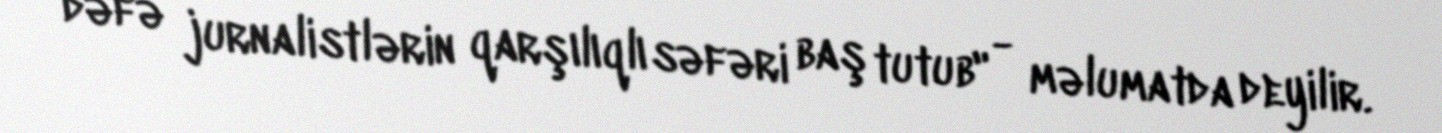
dəfə jurnalistlərin qarşılıqlı səfəri baş tutub" - məlumatda deyilir.